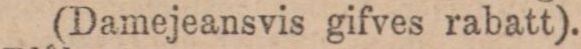
(Damejeansvis gifves rabatt).